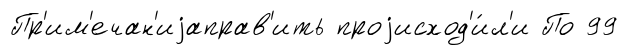
Пр'им'ечан'иjаправ'ить проjисход'и́л'и По 99